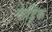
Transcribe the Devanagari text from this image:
फ़ेड्रिक